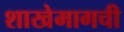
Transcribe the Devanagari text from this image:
शाखेमागची